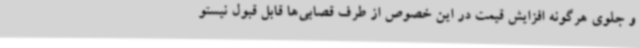
و جلوی هرگونه افزایش قیمت در این خصوص از طرف قصابی‌ها قابل قبول نیستو